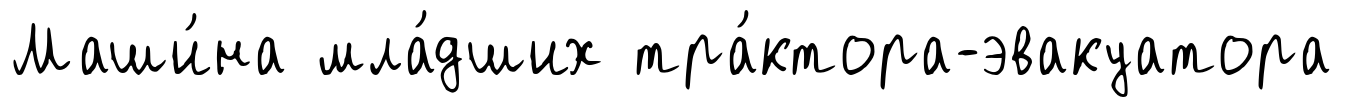
Маши́на мла́дших тра́ктора-эвакуатора